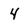
Character: 4